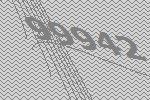
99942